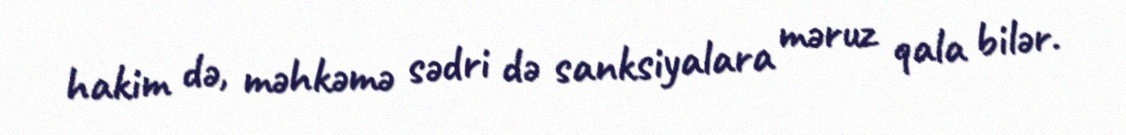
hakim də, məhkəmə sədri də sanksiyalara məruz qala bilər.